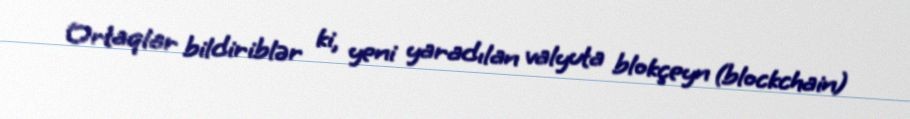
Ortaqlar bildiriblər ki, yeni yaradılan valyuta blokçeyn (blockchain)